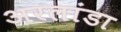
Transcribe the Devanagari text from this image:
अरलांडा